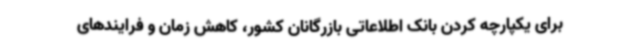
برای یکپارچه کردن بانک اطلاعاتی بازرگانان کشور، کاهش زمان و فرایندهای